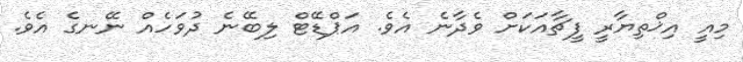
މިއީ އިޚްތިޔާރީ ފީޗާއަކަށް ވެދާނެ އެވެ. އަޕްޑޭޓް ލިބޭނެ ދުވަހެއް ނޭނގެ އެވެ.